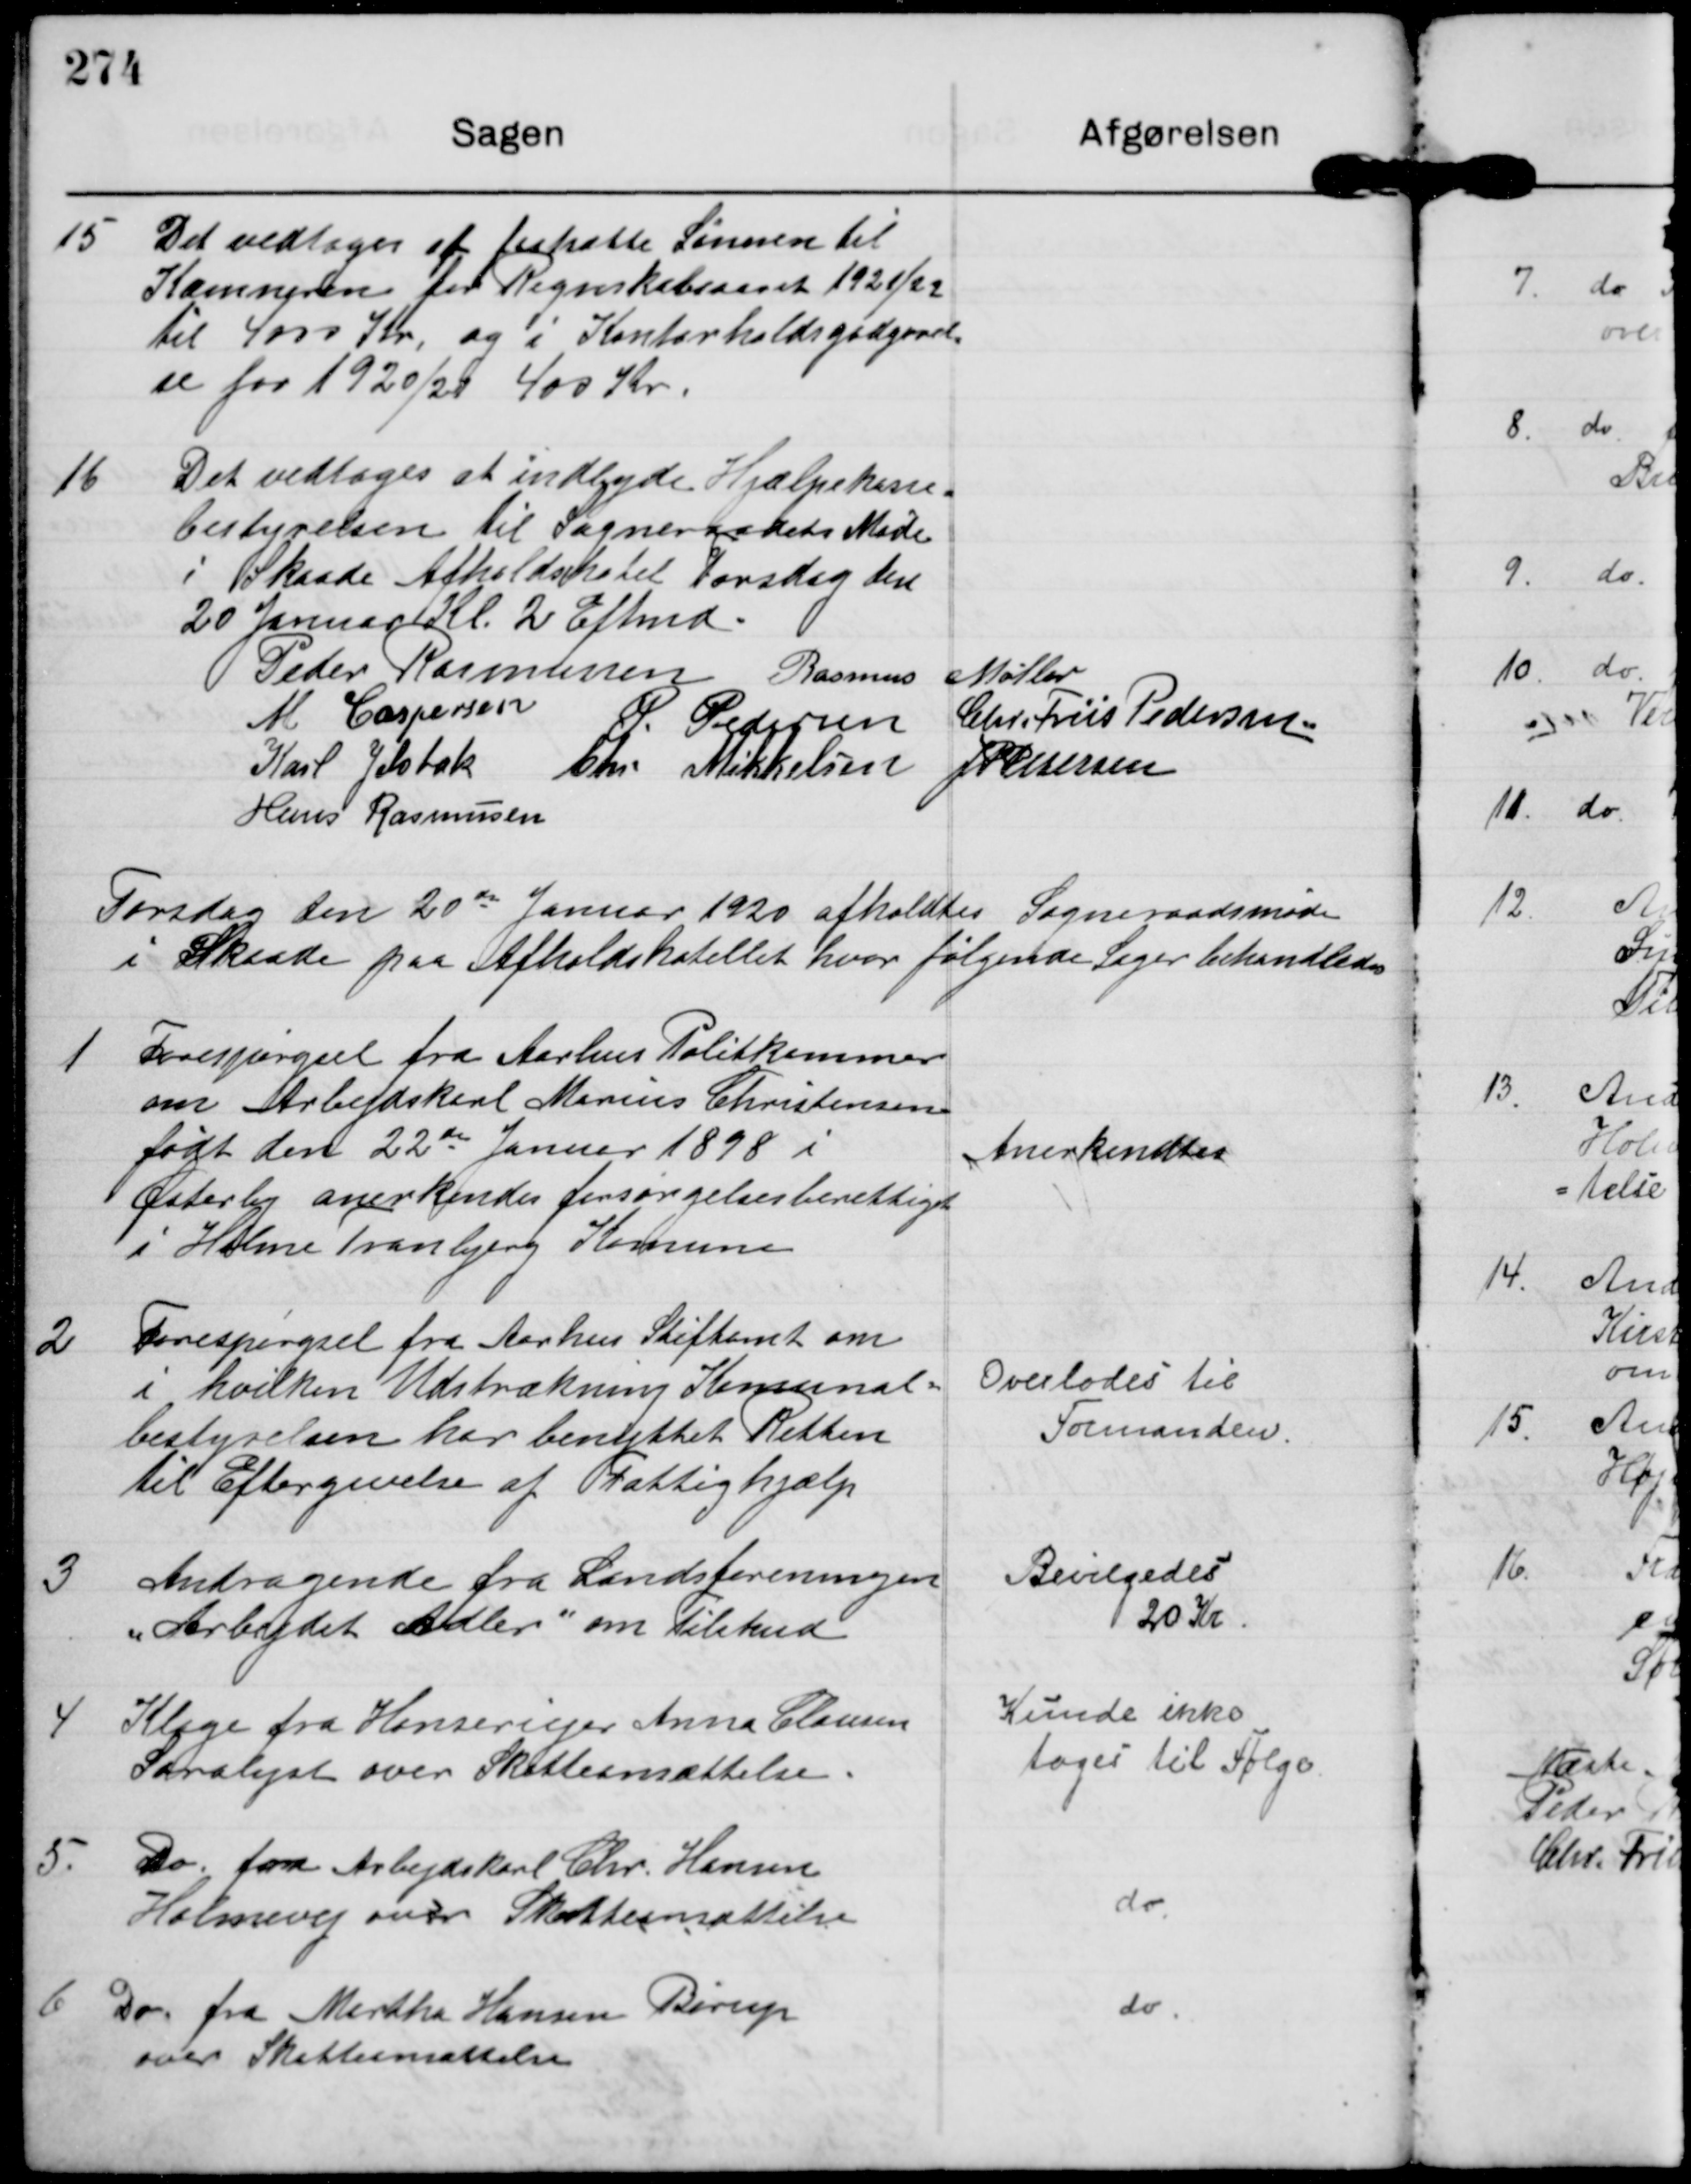
Transskription:
15

Det vedtoges at Fastsætte Lønnen til
Kæmneren for Regnskabsaaret 1921/22
til 4000 Kr. og i Kontorholdsgodtgørel-
se for 1920/21 400 Kr.

16

Det vedtoges at indbyde Hjælpekasse-
Bestyrelsen til Sogneraadets Møde
i Skaade Afholdshotel Torsdag den
20 Januar Kl 2 Eftmd.

Peder Rasmussen Rasmus Møller
M Caspersen P Pedersen Chr. Friis Pedersen
Karl Jelsbak Chr Mikkelsen
J P Pedersen
Hans Rasmussen

Torsdag den 20de Januar 1920 afholdtes Sogneraadsmøde
i Skaade paa Afholdshotellet hvor følgende Sager behandledes

1

Forespørgsel fra Aarhus Politkammer
om Arbejdskarl Marius Christensen
født den 22de Januar 1898 i
Østerby anerkendes forsørgelsesberettiget
i Holme Tranbjerg Kommune

Anerkendtes

2

Forespørgsel fra Aarhus Stiftamt om
i hvilken Udstrækning Komunal-
bestyrelsen har benyttet Retten
til Eftergivelse af Fattighjælp

Overlodes til
Formanden

3

Andragende fra Landsforeningen
"Arbejdet Adler" om Tilskud

Bevilgedes
20 Kr

4

Klage fra Hønseriejer Anna Clausen
Saralyst over Skatteansættelse.

Kunde ikke
tages til Følge.

5.

Do fra Arbejdskarl Chr. Hansen
Holmevej over Skatteansættelse

do

6

Do fra Metha Hansen Børup
over Skatteansættelse

do.